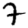
Digit: 7